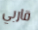
قاربي